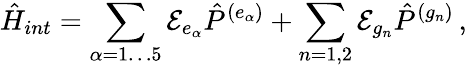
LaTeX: {\hat{H}}_{int}=\sum_{\alpha=1\dots 5}{\cal E}_{e_{\alpha}}{\hat{P}}^{(e_{\alpha})}+\sum_{n=1,2}{\cal E}_{g_{n}}{\hat{P}}^{(g_{n})}\, ,